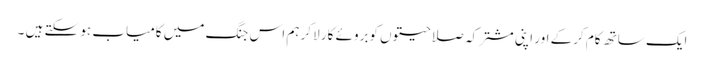
ایک ساتھ کام کرکے اور اپنی مشترکہ صلاحیتوں کوبروئے کار لاکر ہم اس جنگ میں کامیاب ہو سکتے ہیں ۔